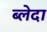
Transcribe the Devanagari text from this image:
ब्लेदा